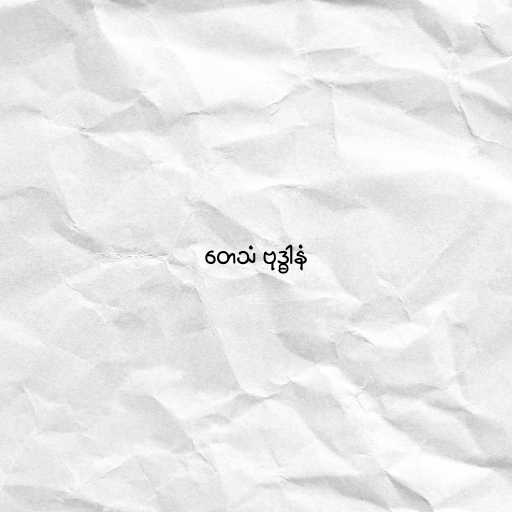
တေသံ ဗုဒ္ဓါနံ